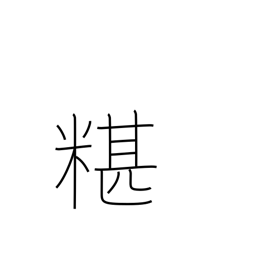
Meaning: mixing rice into soup